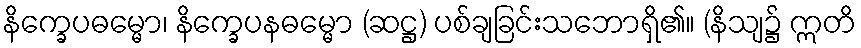
နိက္ခေပဓမ္မော၊ နိက္ခေပနဓမ္မော (ဆဋ္ဌ) ပစ်ချခြင်းသဘောရှိ၏။ (နိသျ၌ ဣတိ